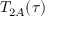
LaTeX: T _ { 2 A } ( \tau )